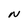
Character: N